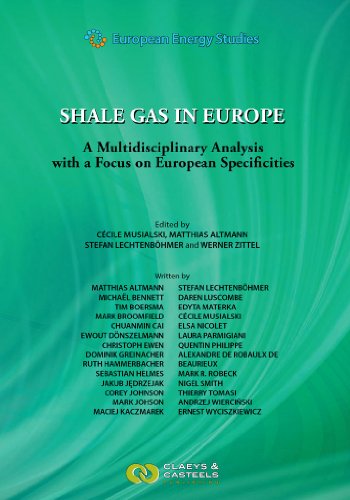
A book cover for Shale Gas in Europe: A multidisciplinary analysis with a focus on European specificities (European Energy Studies); Business & Money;